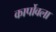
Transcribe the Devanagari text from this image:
कार्पोवला